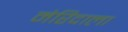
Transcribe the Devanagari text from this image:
मेरिदाला